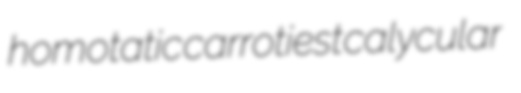
homotatic carrotiest calycular